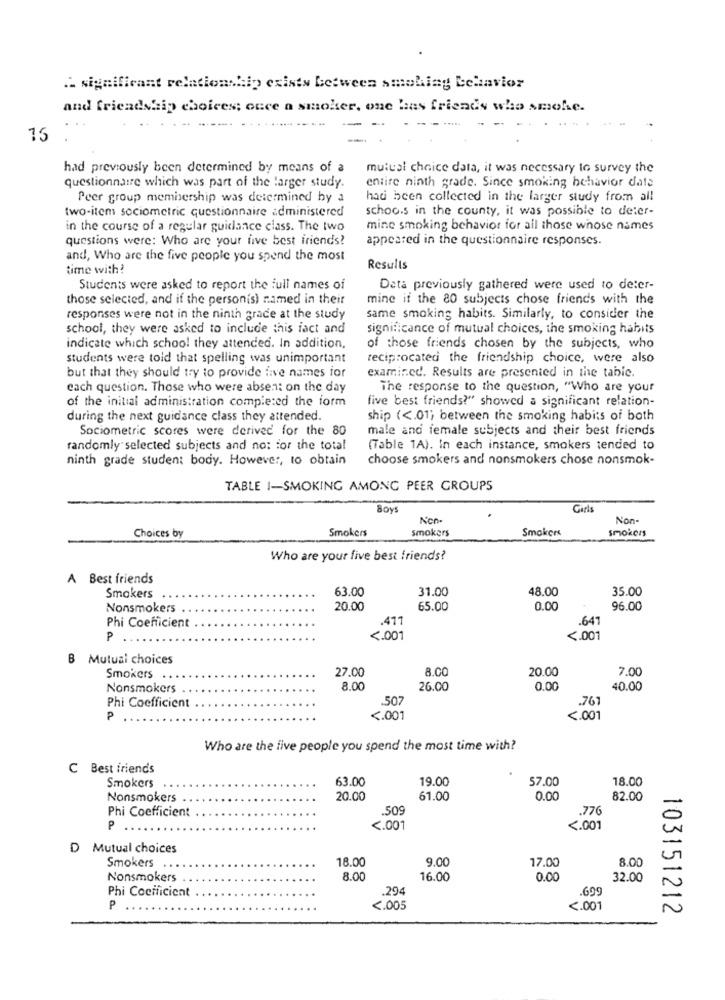
. significant relationship exists between smoking behavior
and friendship choices; once a smoker, one bas friends who smohe.
15
had previously been determined by means of a
mutual choice data, it was necessary to survey the
entire ninth grade. Since smoking behavior date
questionnaire which was part of the larger study.
Peer group membership was determined by a
had been collected in the larger study from all
two-item sociometric questionnaire administered
schoo.s in the county, it was possible to deter-
in the course of a regular guidance class. The two
mine smoking behavior for all those whose names
questions were: Who are your five best friends?
appeared in the questionnaire responses.
and, Who are the five people you spend the most
time with?
Results
Students were asked to report the full names of
Data previously gathered were used to deter-
those selected, and if the personis) named in their
mine if the 80 subjects chose friend's with the
responses were not in the ninth grace at the study
same smoking habits. Similarly, to consider the
school, they were asked to include this fact and
significance of mutual choices, the smoking habits
indicate which school they attended. In addition,
of those friends chosen by the subjects, who
students were told that spelling was unimportant
reciprocated the friendship choice, were also
examined. Results are presented in the tabic.
but that they should try to provide five names for
each question. Those who were absent on the day
The response to the question, "Who are your
of the initial administration completed the form
five best friends?" showed a significant relation-
during the next guidance class they attended.
ship ( <. 01; between the smoking habits of both
Sociometric scores were derived for the 80
male and female subjects and their best friends
randomly selected subjects and no: for the total
(Table 1A). In each instance, smokers tended to
ninth grade student body. However, to obtain
choose smokers and nonsmokers chose nonsmok-
TABLE I-SMOKING AMONG PEER GROUPS
Soy
Girls
Non-
Non -
Choices by
Smokers
smokers
Smokers
smokers
Who are your five best friends?
A Best friends
63.00
31.00
48.00
Smokers
35.00
Nonsmokers
20.00
65.00
0.00
96.00
.411
.647
Phi Coefficient
P
<. 001
<. 001
B Mutual choices
27.00
8.00
20.00
Smokers
7.00
Nonsmokers
8.00
26.00
0.00
40.00
.507
.761
Phi Coefficient
<. 001
<. 001
Who are the five people you spend the most time with?
C Best friends
63.00
19.00
57.00
18.00
Smokers
Nonsmokers
20.00
61.00
0.00
82.00
Phi Coefficient
.509
.776
P
<. 001
<. 001
D Mutual choices
Smokers
18.00
9.00
17.00
8.00
Nonsmokers
8.00
16.00
0.00
32.00
Phi Coefficient
294
.699
P
<. 005
<. 001
103151212